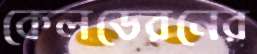
কেলডেরনের